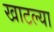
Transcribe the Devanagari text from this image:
खाटल्या